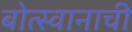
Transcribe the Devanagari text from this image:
बोत्स्वानाची